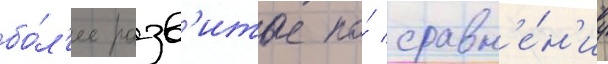
бо́л'ее разв'итые по́ сравн'е́н'иу